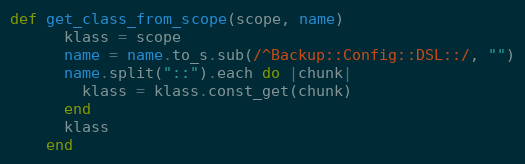
Language: Ruby
def get_class_from_scope(scope, name)
      klass = scope
      name = name.to_s.sub(/^Backup::Config::DSL::/, "")
      name.split("::").each do |chunk|
        klass = klass.const_get(chunk)
      end
      klass
    end